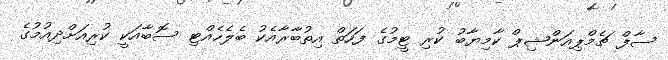
ސާފް ޗެމްޕިއަންޝިޕް ކާމިޔާބު ކުރި ޓީމުގެ ފަހަތް އިތުބާރާއެކު ބެލެހެއްޓި ސޮބާއަކީ ކުރިއަށްދިއުމުގެ